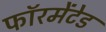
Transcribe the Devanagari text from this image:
फॉरमेंटेड